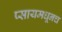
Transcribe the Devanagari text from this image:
प्सायमधूनच